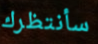
سأنتظرك